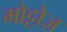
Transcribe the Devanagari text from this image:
मोट्टोज़